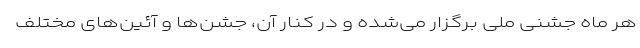
هر ماه جشنی ملی برگزار می‌شده و در کنار آن، جشن‌ها و آئین‌های مختلف